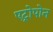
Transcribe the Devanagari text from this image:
एट्रोपोन